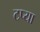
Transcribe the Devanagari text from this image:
टप्या